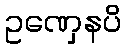
ဥဏှေနပိ